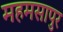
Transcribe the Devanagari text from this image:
महमसापुर